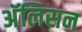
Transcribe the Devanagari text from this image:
अॅलिसन